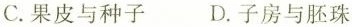
C.果皮与种子 D.子房与胚珠